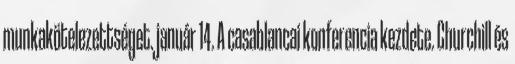
munkakötelezettséget. január 14. A casablancai konferencia kezdete. Churchill és